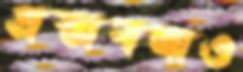
প্রস্তাবনাও